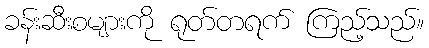
ခန်းဆီးစများကို ရုတ်တရက် ကြည့်သည်။